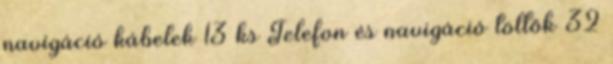
navigáció kábelek 13 ks Telefon és navigáció töltők 32